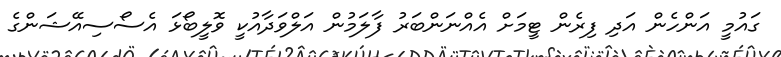
ގައުމީ އަންހެން އަދި ފިރެން ޓީމަށް އެއްނަންބަރު ފާލަމުން އަލްވަދާއުކީ ވޮލީބޯޅަ އެސޯސިއޭޝަންގެ